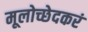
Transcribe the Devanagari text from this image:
मूलोच्छेदकरं